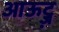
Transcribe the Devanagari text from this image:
आऊट्ज़